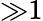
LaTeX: {\gg}1